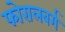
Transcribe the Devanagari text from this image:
फोरालबर्ग